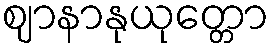
ဈာနာနုယုတ္တော